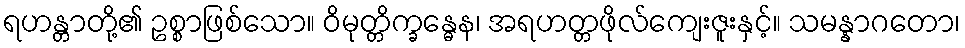
ရဟန္တာတို့၏ ဥစ္စာဖြစ်သော။ ဝိမုတ္တိက္ခန္ဓေန၊ အရဟတ္တဖိုလ်ကျေးဇူးနှင့်။ သမန္နာဂတော၊